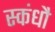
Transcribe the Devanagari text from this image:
स्कंधौ